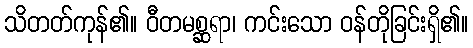
သိတတ်ကုန်၏။ ဝီတမစ္ဆရာ၊ ကင်းသော ဝန်တိုခြင်းရှိ၏။